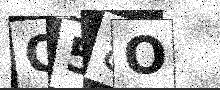
Text: Q58O